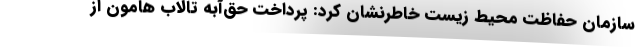
سازمان حفاظت محیط زیست خاطرنشان کرد: پرداخت حق‌آبه تالاب هامون از